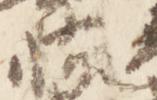
怖